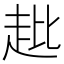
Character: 𧺲